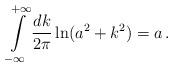
LaTeX: \begin{align*}\int\limits_{-\infty}^{+\infty}\frac{dk}{2\pi}\ln (a^2+k^2)=a\,{.}\end{align*}